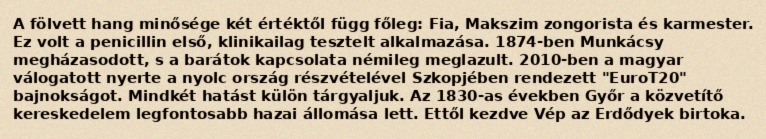
A fölvett hang minősége két értéktől függ főleg: Fia, Makszim zongorista és karmester. Ez volt a penicillin első, klinikailag tesztelt alkalmazása. 1874-ben Munkácsy megházasodott, s a barátok kapcsolata némileg meglazult. 2010-ben a magyar válogatott nyerte a nyolc ország részvételével Szkopjében rendezett "EuroT20" bajnokságot. Mindkét hatást külön tárgyaljuk. Az 1830-as években Győr a közvetítő kereskedelem legfontosabb hazai állomása lett. Ettől kezdve Vép az Erdődyek birtoka.